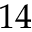
1 4